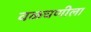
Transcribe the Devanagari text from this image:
वळचणीला